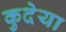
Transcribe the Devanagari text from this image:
कुदेया